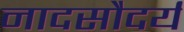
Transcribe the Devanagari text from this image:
नादसौदर्य